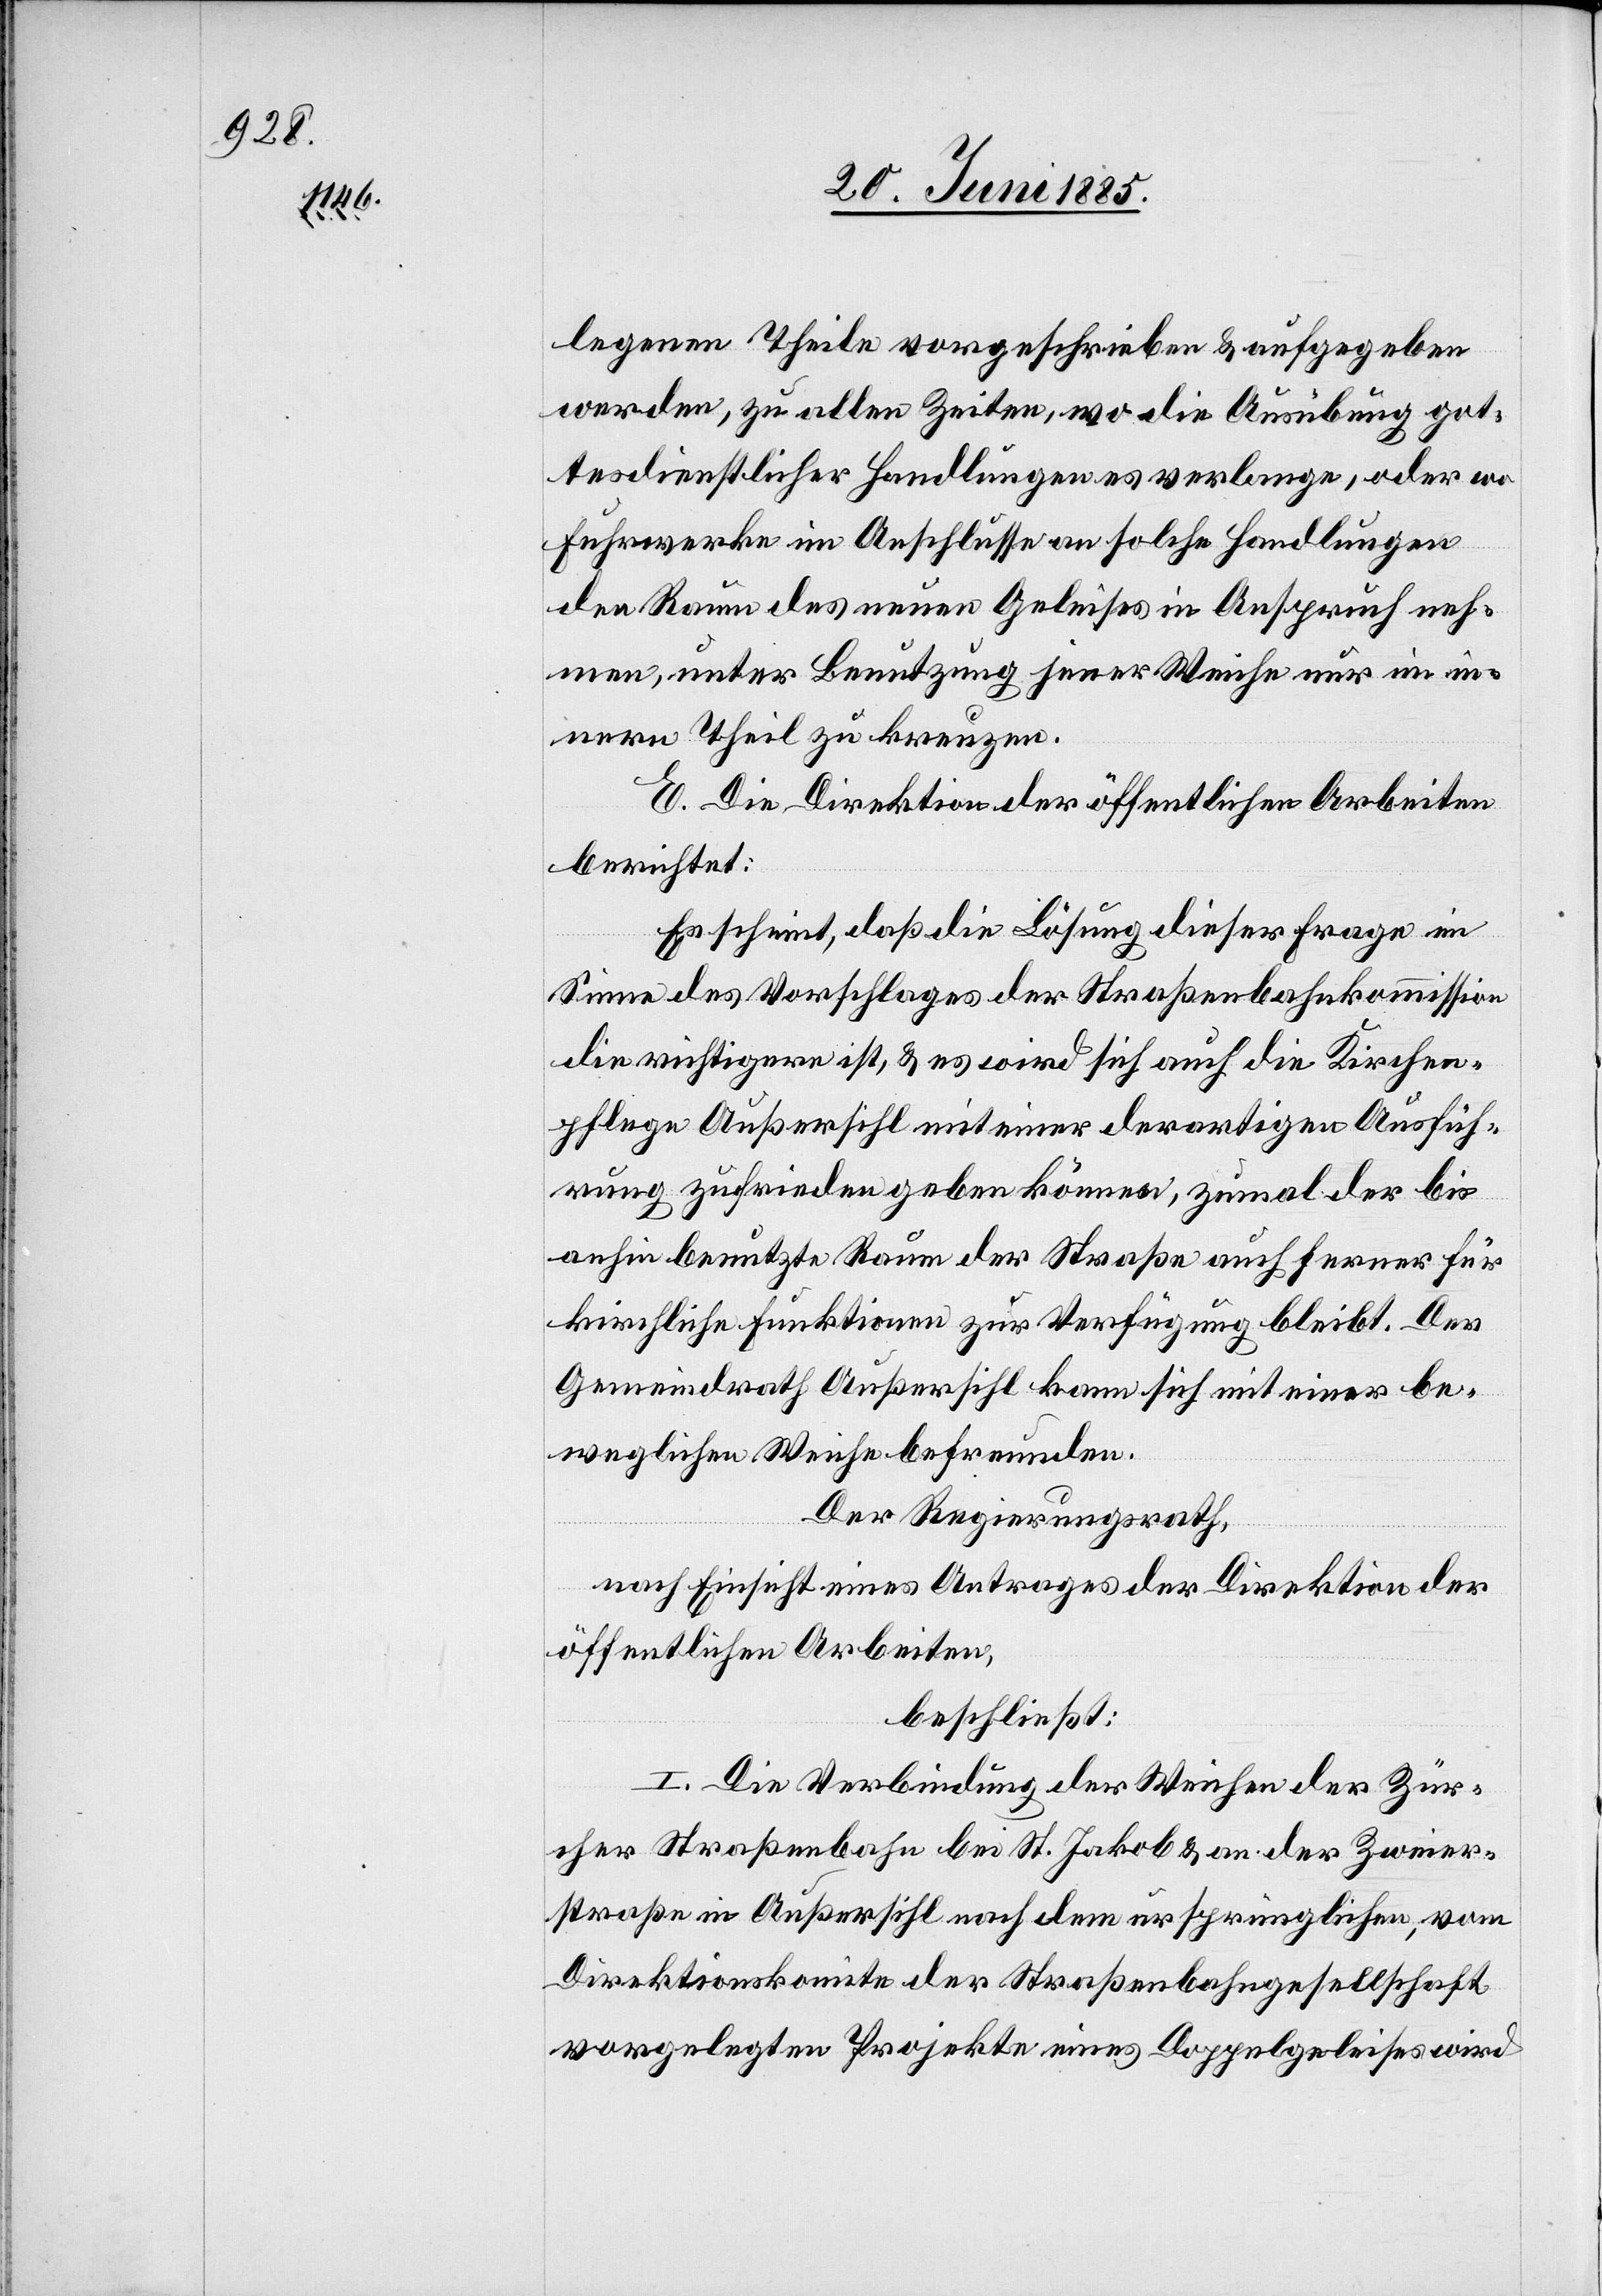
legenen Theile vorgeschrieben & aufgegeben
werden, zu allen Zeiten, wo die Ausübung got¬
tesdienstlicher Handlungen es verlange, oder wo
Fuhrwerke im Anschlusse an solche Handlungen
den Raum des neuen Geleises in Anspruch neh¬
men, unter Benutzung jener Weiche nur im in¬
nern Theil zu kreuzen.
E. Die Direktion der öffentlichen Arbeiten
berichtet:
Es scheint, daß die Lösung dieser Frage im
Sinne des Vorschlages der Straßenbahnkommission
die richtigere ist, & es wird sich auch die Kirchen¬
pflege Außersihl mit einer derartigen Ausfüh¬
rung zufrieden geben können, zumal der bis
anhin benutzte Raum der Straße auch ferner für
kirchliche Funktionen zur Verfügung bleibt. Der
Gemeindrath Außersihl kann sich mit einer be¬
weglichen Weiche befreunden.
Der Regierungsrath,
nach Einsicht eines Antrages der Direktion der
öffentlichen Arbeiten,
beschließt:
I. Die Verbindung der Weichen der Zür¬
cher Straßenbahn bei St. Jakob & an der Zweier¬
straße in Außersihl nach dem ursprünglichen, vom
Direktionskomite der Straßenbahngesellschaft
vorgelegten Projekte eines Doppelgeleises wird